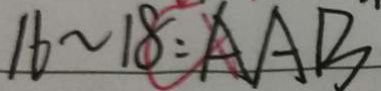
1 6 \sim 1 8 = A A B